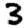
Digit: 3